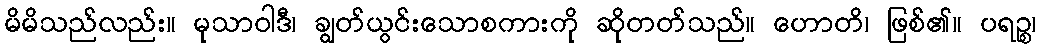
မိမိသည်လည်း။ မုသာဝါဒီ၊ ချွတ်ယွင်းသောစကားကို ဆိုတတ်သည်။ ဟောတိ၊ ဖြစ်၏။ ပရဉ္စ၊